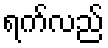
ရက်လည်